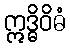
ဣဒ္ဓိဝိဓံ